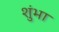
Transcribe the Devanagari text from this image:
शुंभा